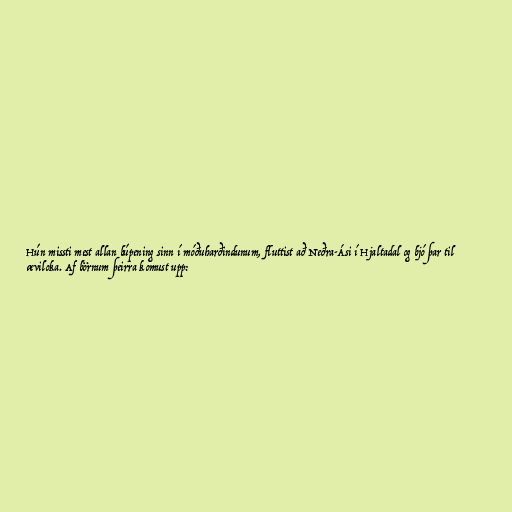
Hún missti mest allan búpening sinn í móðuharðindunum, fluttist að Neðra-Ási í Hjaltadal og bjó þar til
æviloka. Af börnum þeirra komust upp: